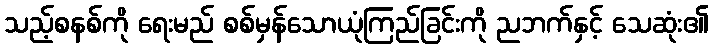
သည့်စနစ်ကို ရေးမည် စစ်မှန်သောယုံကြည်ခြင်းကို ညဘက်နှင့် သေဆုံး၏